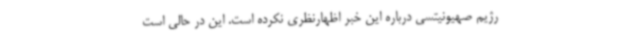
رژیم صهیونیتسی درباره این خبر اظهارنظری نکرده است. این در حالی است